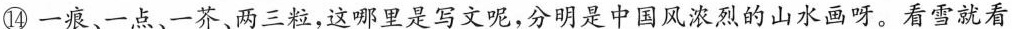
⑭一痕、一点、一芥、两三粒，这哪里是写文呢，分明是中国风浓烈的山水画呀。看雪就看